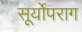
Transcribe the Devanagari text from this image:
सूर्योपराग